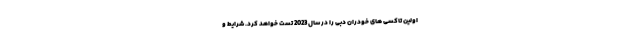
اولین تاکسی های خودران دبی را در سال 2023 تست خواهد کرد. شرایط و